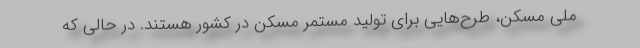
ملی مسکن، طرح‌هایی برای تولید مستمر مسکن در کشور هستند. در حالی که